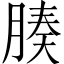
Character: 腠